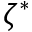
\zeta ^ { * }